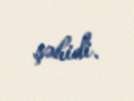
şəhidi.